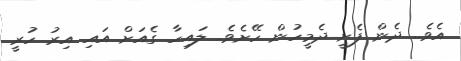
އެވެ.. ދެން ފެށީ ދެމީހުން ހޭށެވެ.. ލައިހާ ގެއަށް އައި އިރު ހުރީ